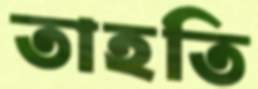
তাহতি